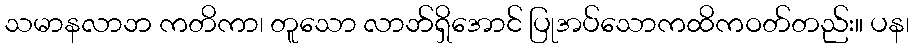
သမာနလာဘ ကတိကာ၊ တူသော လာဘ်ရှိအောင် ပြုအပ်သောကထိကဝတ်တည်း။ ပန၊